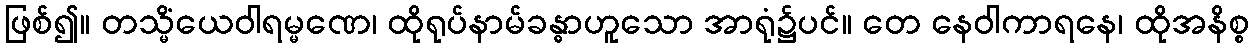
ဖြစ်၍။ တသ္မိံယေဝါရမ္မဏေ၊ ထိုရုပ်နာမ်ခန္ဓာဟူသော အာရုံ၌ပင်။ တေ နေဝါကာရနေ၊ ထိုအနိစ္စ